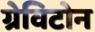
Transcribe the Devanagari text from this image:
ग्रेविटोन